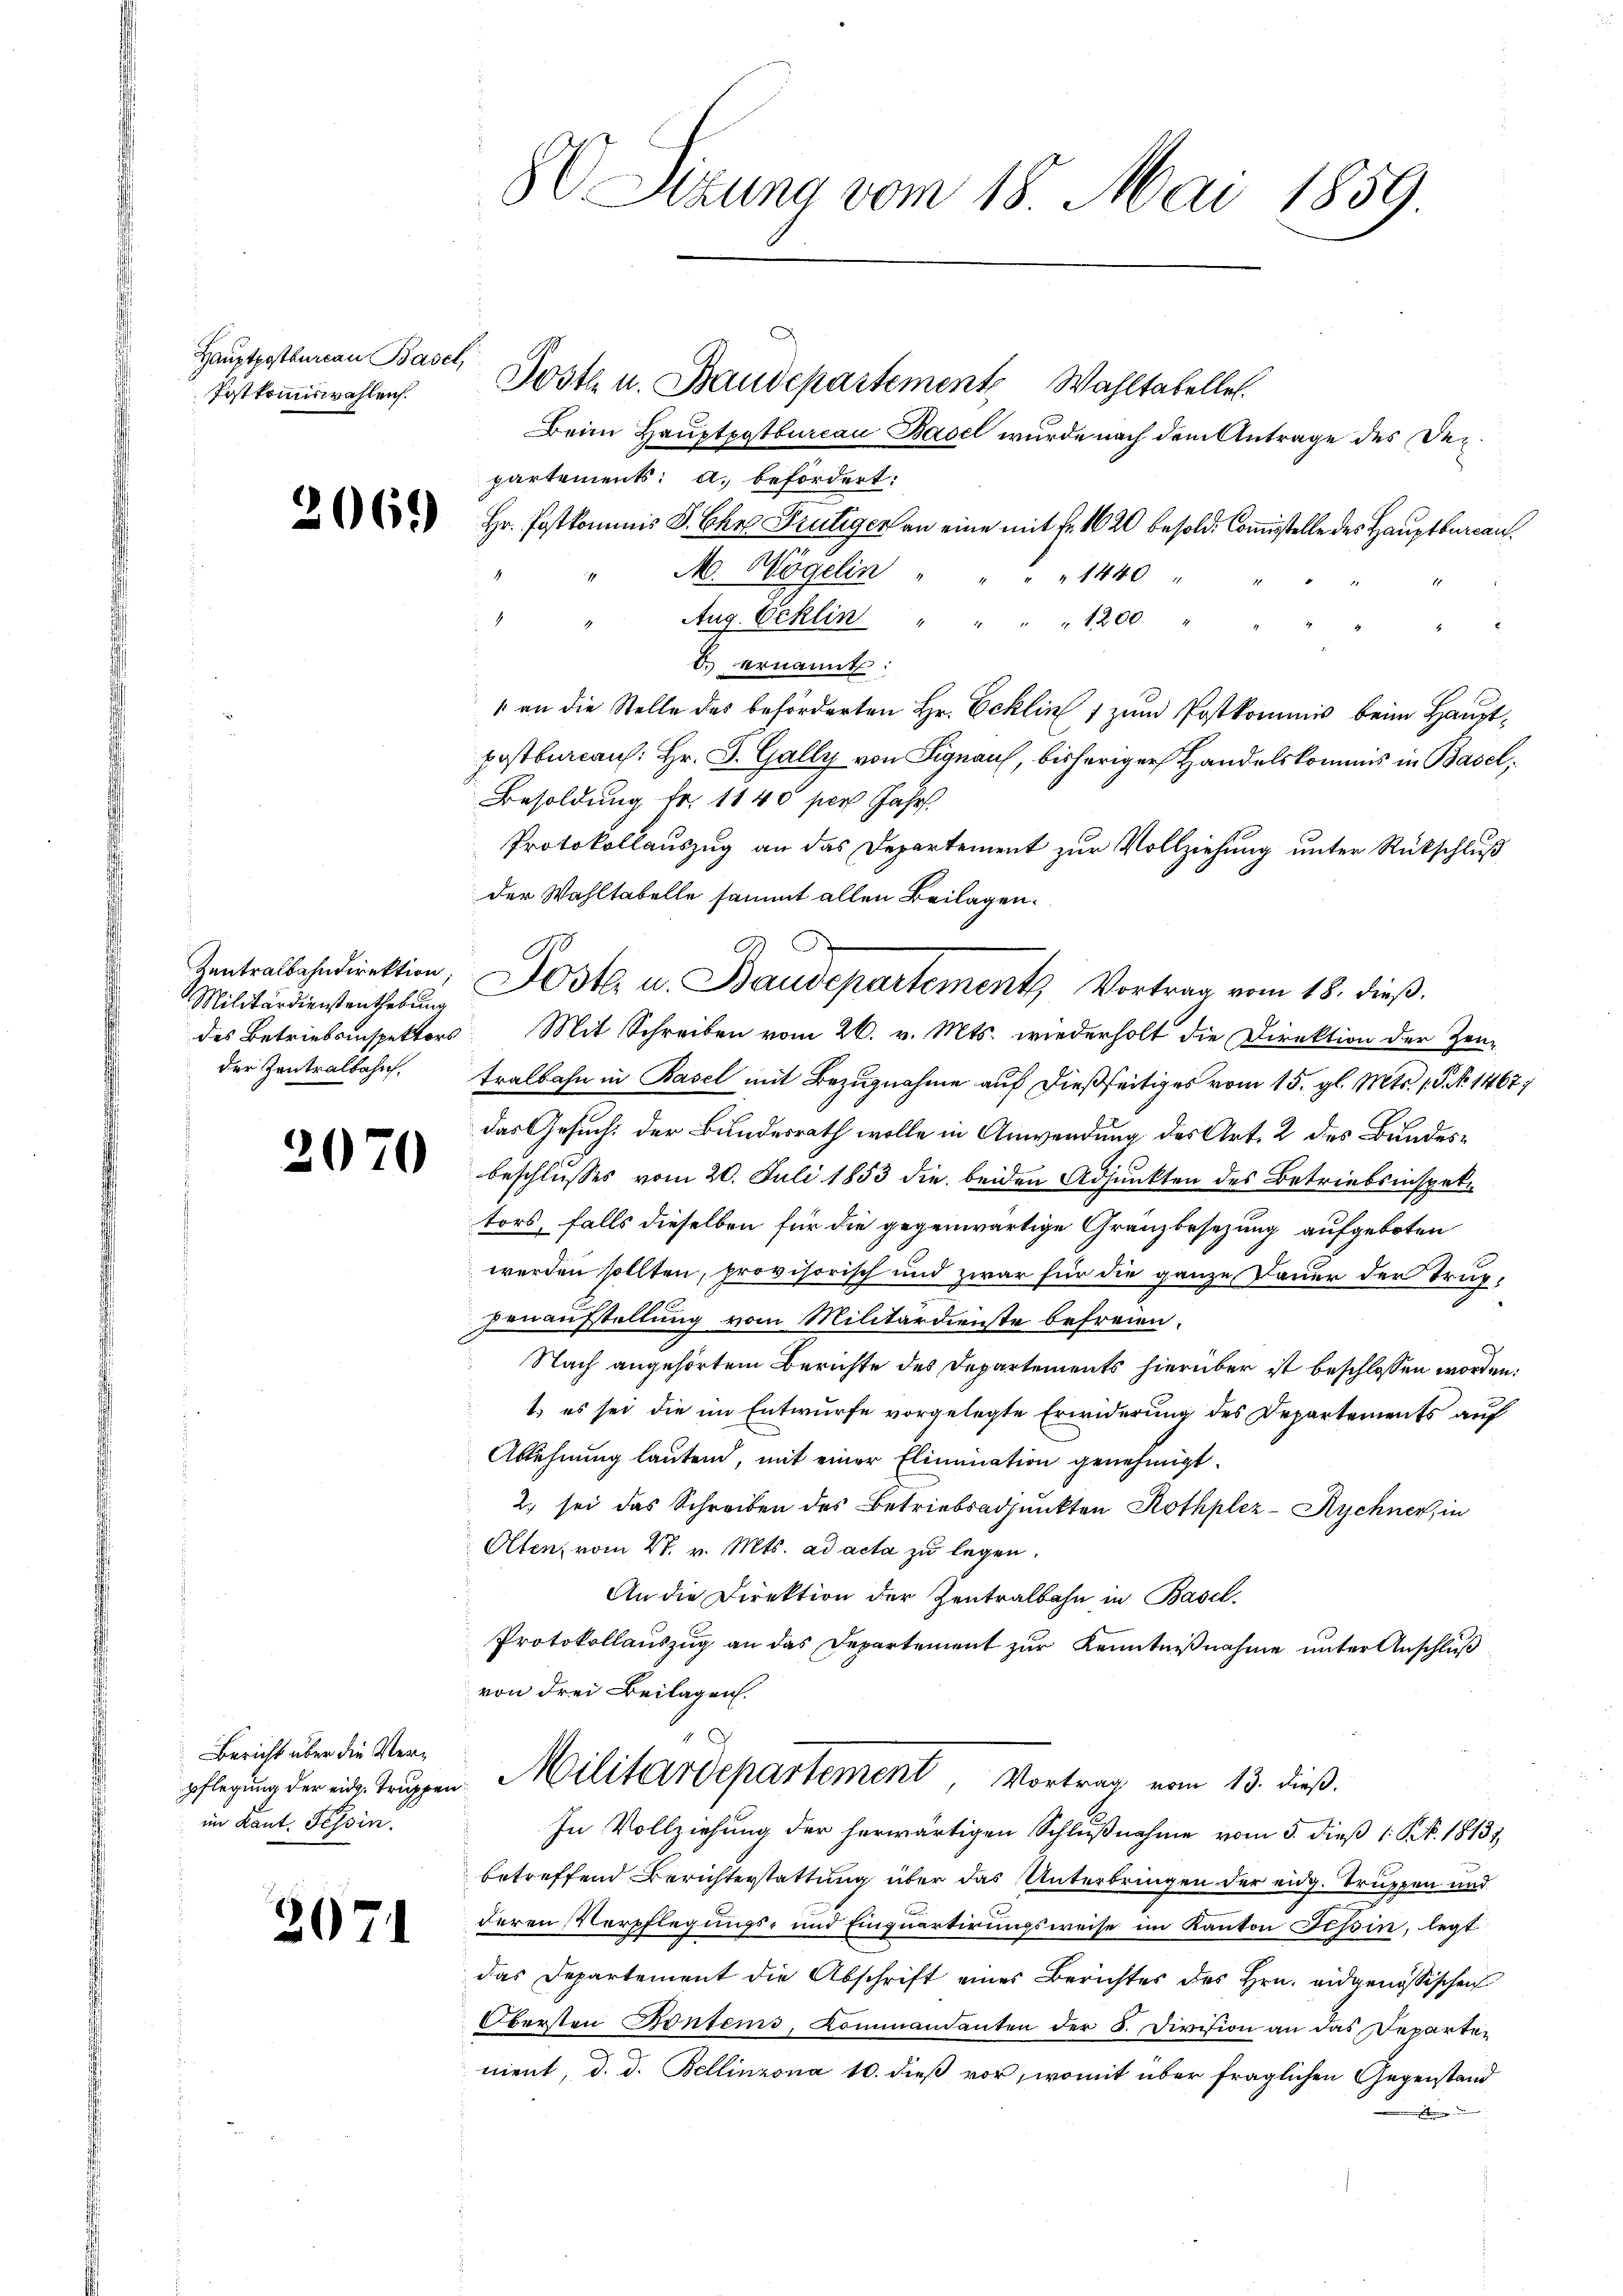
Hauptpostbureau Basel
Postkommiswahlen.

.

Militärdienstenthebung
des Betriebsinspektors
der Zentralbahn.

2070

Bericht über die Verim Kant. Tessin.

2

069)

l

Beim Hauptpytbureau Basel wurde nach dem Antrage des Dez.
partements: a. befördert:
Hr. Postkommis P. Chr Frutiger an eine mit Fr. 1620 besold. Commisstelle des Hauptbureau.
M. Wögelin " " " " 1440
Aug. Ecklin " " " " 1200 " "
d. ernannt:
 an die Stelle des beförderten Hr. Ecklin 1 zum Postkommis beim Hauptpostburcau: Hr. P. Gally von Signau, bisheriger Handelskommis in Basel,
Besoldung fr. 1140 per Jahr
Protokollauszug an das Departement zur Vollziehung unter Rückschluß
der Wahltabelle sammt allen Beilagen.
Mit Schreiben vom 26. v. Mts. wiederholt die Direktion der Zeu-
tralbahn in Basel mit Bezugnahme auf dießseitiges vom 15. gl. Mts. 1. No 1467;
das Gesuch der Bundesrath wolle in Anwendung des Art. 2 des Bundesbeschlusses vom 20. Juli 1853 die beiden Adjunkten des Betriebsinspektors, falls dieselben für die gegenwärtige Gränzbesezung aufgeboten
werden sollten, provisorisch und zwar für die ganze Dauer der Truppenaufstellung vom Militärdienste befreien.
Nach angehörtem Berichte des Departements hierüber ist beschlossen worden,
1.) es sei die im Entwurfe vorgelegte Erwiderung des Departements auf
Ablehnung lautend, mit einer Elimination genehmigt.
2. sei das Schreiben des Betriebsadjunkten Rothplez-Rychner, in
Olten, vom 27. v. Mts. ad acta zu legen.
An die Direktion der Zentralbahn in Basel.
Protokollauszug an das Departement zur Kenntnißnahme unter Anschluß
von drei Beilagen.
pflegung der ein Truppen. Militärdepartement, Vortrag vom 13. dieß.
In Vollziehung der herwärtigen Schlußnahme vom 3. dieß 1 Nr. 18131,
betreffend Berichterstattung über das Unterbringen der eidg. Truppen und
deren Verpflegungs- und Einquartirungsweise im Kanton Tessin, legt
das Departement die Abschrift eines Berichtes des Hrn. eidgenössischen
Obersten Kontems, Kommandanten der 5. Division an das Departen
nient, d. d. Bellinzona 10. dieß vor, womit über fraglichen Gegenstand
umme in den

86 Sizung vom 18. Mai 1859

Post u. Baudepartemente Wahltabelle.

Zentralbahndirektion, Posta u. Baudepartements Vortrag vom 18. dieβ.